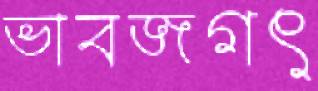
ভাবজগৎ